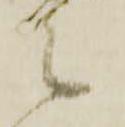
候